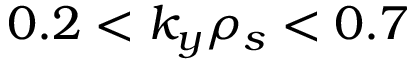
0 . 2 < k _ { y } \rho _ { s } < 0 . 7